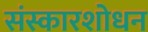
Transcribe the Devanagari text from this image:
संस्कारशोधन